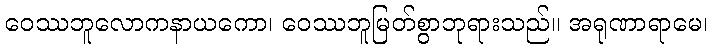
ဝေဿဘူလောကနာယကော၊ ဝေဿဘူမြတ်စွာဘုရားသည်။ အရုဏာရာမေ၊